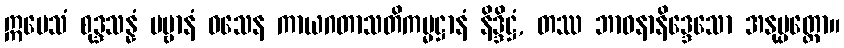
ဣမေသံ စုဒ္ဒသန္နံ ပဗ္ဗာနံ ဝသေန ကာယဂတာသတိကမ္မဋ္ဌာနံ နိဒ္ဒိဋ္ဌံ, တဿ ဘာဝနာနိဒ္ဒေသော အနုပ္ပတ္တော။